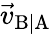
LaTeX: {\vec{v}}_{\mathrm{B|A}}